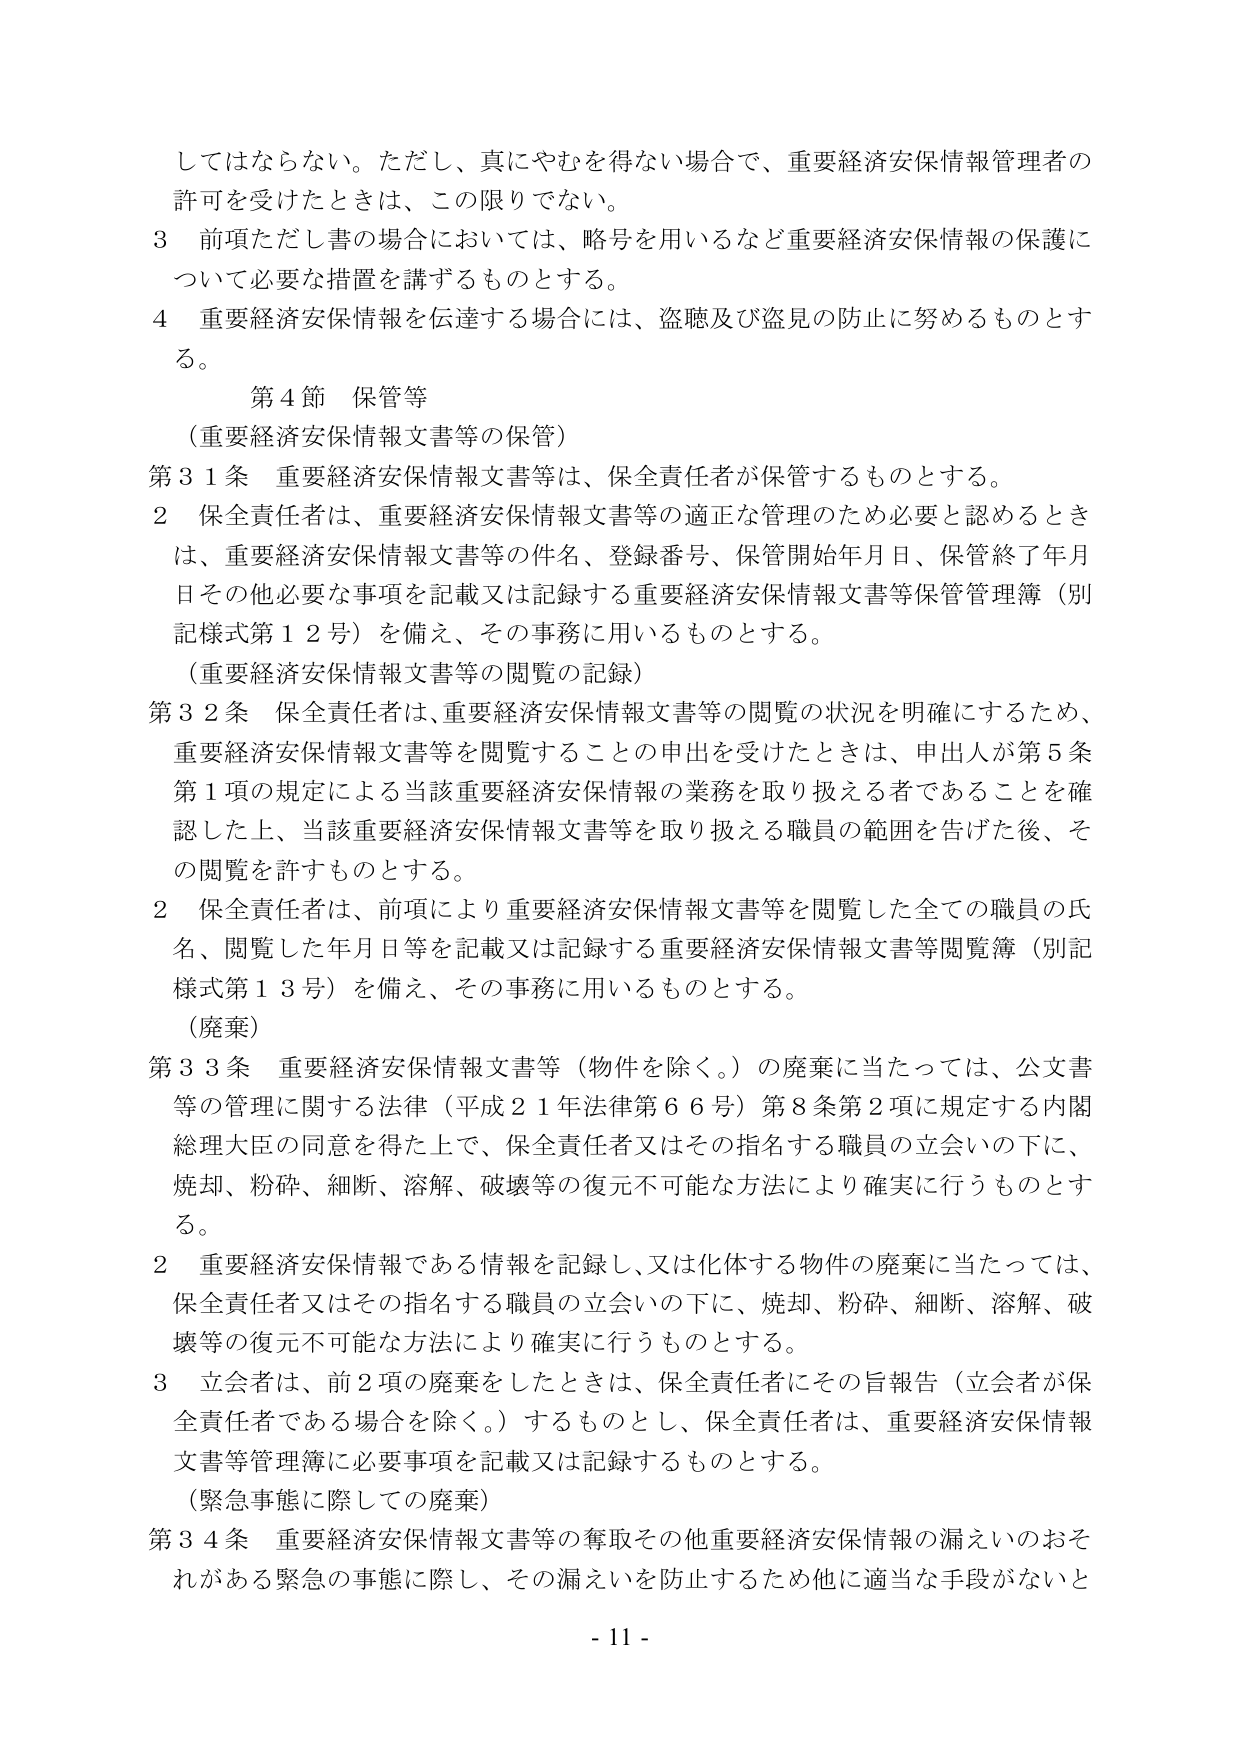
してはならない。ただし、真にやむを得ない場合で、重要経済安保情報管理者の許可を受けたときは、この限りでない。

３ 前項ただし書の場合においては、略号を用いるなど重要経済安保情報の保護について必要な措置を講ずるものとする。

４ 重要経済安保情報を伝達する場合には、盗聴及び盗見の防止に努めるものとする。

第４節 保管等

（重要経済安保情報文書等の保管）

第３１条 重要経済安保情報文書等は、保全責任者が保管するものとする。

２ 保全責任者は、重要経済安保情報文書等の適正な管理のため必要と認めるときは、重要経済安保情報文書等の件名、登録番号、保管開始年月日、保管終了年月日その他必要な事項を記載又は記録する重要経済安保情報文書等保管管理簿（別記様式第１２号）を備え、その事務に用いるものとする。

（重要経済安保情報文書等の閲覧の記録）

第３２条 保全責任者は、重要経済安保情報文書等の閲覧の状況を明確にするため、重要経済安保情報文書等を閲覧することの申出を受けたときは、申出人が第５条第１項の規定による当該重要経済安保情報の業務を取り扱える者であることを確認した上、当該重要経済安保情報文書等を取り扱える職員の範囲を告げた後、その閲覧を許すものとする。

２ 保全責任者は、前項により重要経済安保情報文書等を閲覧した全ての職員の氏名、閲覧した年月日等を記載又は記録する重要経済安保情報文書等閲覧簿（別記様式第１３号）を備え、その事務に用いるものとする。

（廃棄）

第３３条 重要経済安保情報文書等（物件を除く。）の廃棄に当たっては、公文書等の管理に関する法律（平成２１年法律第６６号）第８条第２項に規定する内閣総理大臣の同意を得た上で、保全責任者又はその指名する職員の立会いの下に、焼却、粉砕、細断、溶解、破壊等の復元不可能な方法により確実に行うものとする。

２ 重要経済安保情報である情報を記録し、又は化体する物件の廃棄に当たっては、保全責任者又はその指名する職員の立会いの下に、焼却、粉砕、細断、溶解、破壊等の復元不可能な方法により確実に行うものとする。

３ 立会者は、前２項の廃棄をしたときは、保全責任者にその旨報告（立会者が保全責任者である場合を除く。）するものとし、保全責任者は、重要経済安保情報文書等管理簿に必要事項を記載又は記録するものとする。

（緊急事態に際しての廃棄）

第３４条 重要経済安保情報文書等の奪取その他重要経済安保情報の漏えいのおそれがある緊急の事態に際し、その漏えいを防止するため他に適当な手段がないと

- 11 -